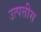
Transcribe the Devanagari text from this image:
उत्पत्तीस